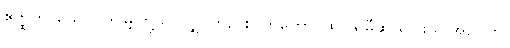
ဧတ္ထကာယေဝ၊ ဤမျှတို့သာလျှင်တည်း။ တတော၊ ထိုပါရမီဆယ်ပါးမှ။ အညတြ၊